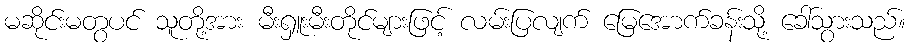
မဆိုင်းမတွပင် သူတို့အား မီးရှူးမီးတိုင်များဖြင့် လမ်းပြလျက် မြေအောက်ခန်းသို့ ခေါ်သွားသည်။